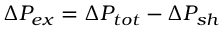
\Delta P _ { e x } = \Delta P _ { t o t } - \Delta P _ { s h }